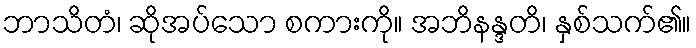
ဘာသိတံ၊ ဆိုအပ်သော စကားကို။ အဘိနန္ဒတိ၊ နှစ်သက်၏။